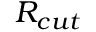
R _ { c u t }